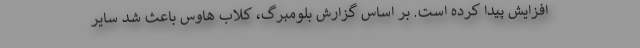
افزایش پیدا کرده است. بر اساس گزارش بلومبرگ، کلاب هاوس باعث شد سایر